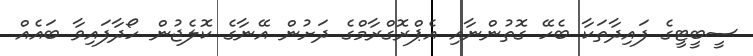
ސީބީޓީގެ ފައިދާތަކާ ބެހޭ ގޮތުންނާއި އެޕްރޮގްރާމްގެ ދަށުން އޭނާގެ ކޮލެޖުން ހޯދާފައިވާ ބައެއް